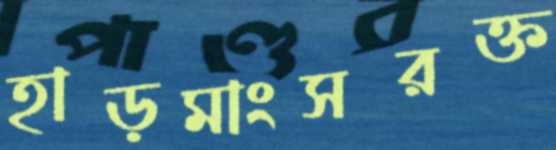
হাড়মাংসরক্ত